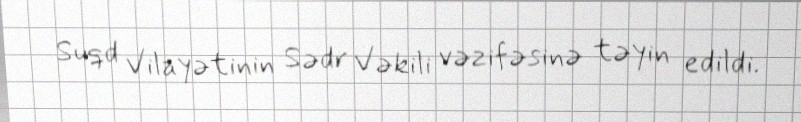
Suqd Vilayətinin Sədr Vəkili vəzifəsinə təyin edildi.